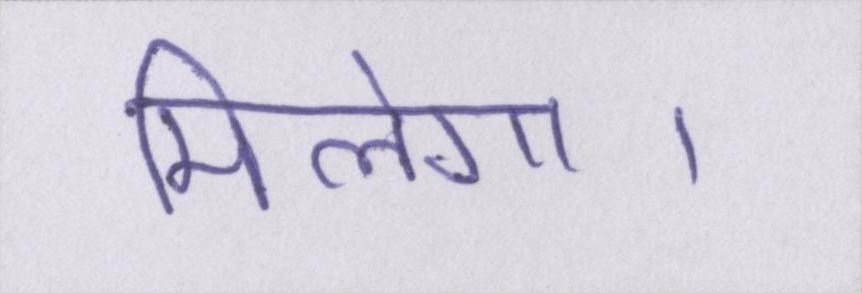
मिलेगा।